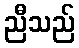
ညီသည်